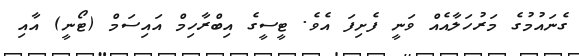
ގެނައުމުގެ މަރުހަލާއެއް ވަނީ ފެށިފަ އެވެ. ޓީސީގެ އިބްރާހިމް އައިސަމް (ޓޯނީ) އާއި